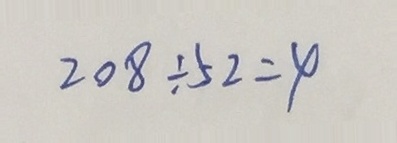
2 0 8 \div 5 2 = 4